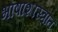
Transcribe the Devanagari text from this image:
भाषाशास्त्रांत